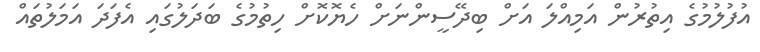
އުފުލުމުގެ އިތުރުން އަމިއްލަ އަށް ބިދޭސީންނަށް ހެޔޮކޮށް ހިތުމުގެ ބަދަލުގައި އެފަދަ އަމަލުތައް